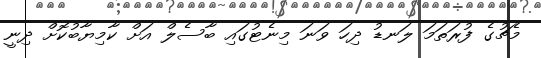
މެޗުގެ ފުރަތަމަ ލަނޑު ދިހަ ވަނަ މިނެޓުގައި ބާސެލް އަށް ކާމިޔާބުކޮށް ދިނީ